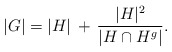
\begin{align*}|G| = |H| \,+\, \frac{|H|^2}{|H \cap H^g|}.\end{align*}